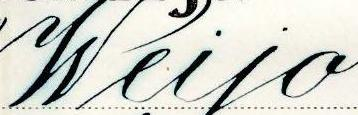
Weijo